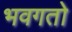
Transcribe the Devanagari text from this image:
भवगतो